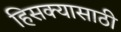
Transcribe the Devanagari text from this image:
हिसक्यासाठी